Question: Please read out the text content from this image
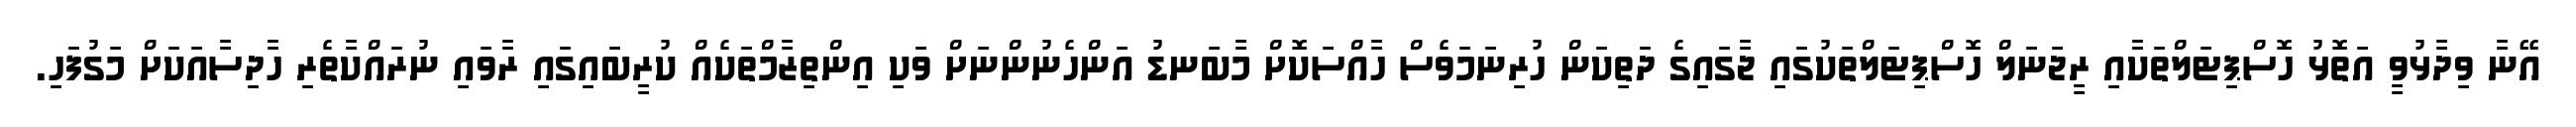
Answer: އޭނާ ވިދާޅުވީ އަތޮޅު ހޮސްޕިޓަލްތަކާއި ރީޖަނަލް ހޮސްޕިޓަލްތަކުގައި ޖާގައިގެ ދަތިކަން ހުރިނަމަވެސް ހާއްސަކޮށް މާބަނޑު އަންހެނުންނަށް ވަކި އިންތިޒާމްތަކެއް ކުރީބައިގައި ރާވައި ނުރައްކާތެރި ހާދިސާއަކަށް މަގުފަހި.